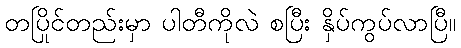
တပြိုင်တည်းမှာ ပါတီကိုလဲ စပြီး နှိပ်ကွပ်လာပြီ။